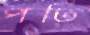
পতি